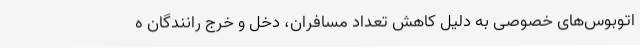
اتوبوس‌های خصوصی به دلیل کاهش تعداد مسافران، دخل و خرج رانندگان ه